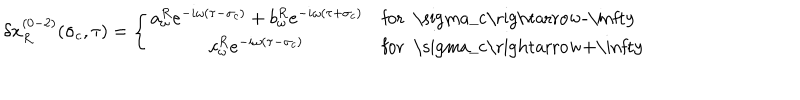
LaTeX: \delta x _ { R } ^ { ( 0 - 2 ) } ( \sigma _ { c } , \tau ) = \left\{ \begin{array} { c l } { { a _ { \omega } ^ { R } e ^ { - i \omega ( \tau - \sigma _ { c } ) } + b _ { \omega } ^ { R } e ^ { - i \omega ( \tau + \sigma _ { c } ) } } } & { { \mathrm { f o r ~ \ s i g m a _ { c } \rightarrow - \infty ~ } } } \\ { { c _ { \omega } ^ { R } e ^ { - i \omega ( \tau - \sigma _ { c } ) } } } & { { \mathrm { f o r ~ \ s i g m a _ { c } \rightarrow + \infty ~ } } } \\ \end{array} \right.